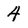
Character: 4